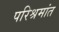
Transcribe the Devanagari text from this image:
परिश्रमांत